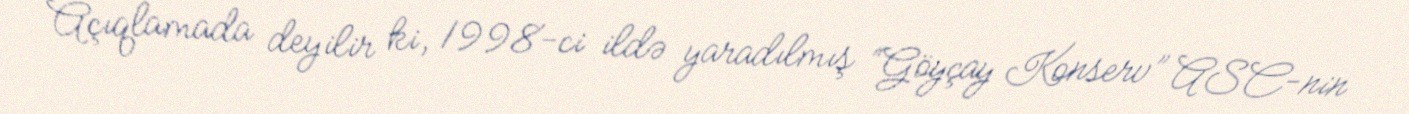
Açıqlamada deyilir ki, 1998-ci ildə yaradılmış “Göyçay Konserv” ASC-nin